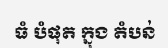
ធំ បំផុត ក្នុង តំបន់